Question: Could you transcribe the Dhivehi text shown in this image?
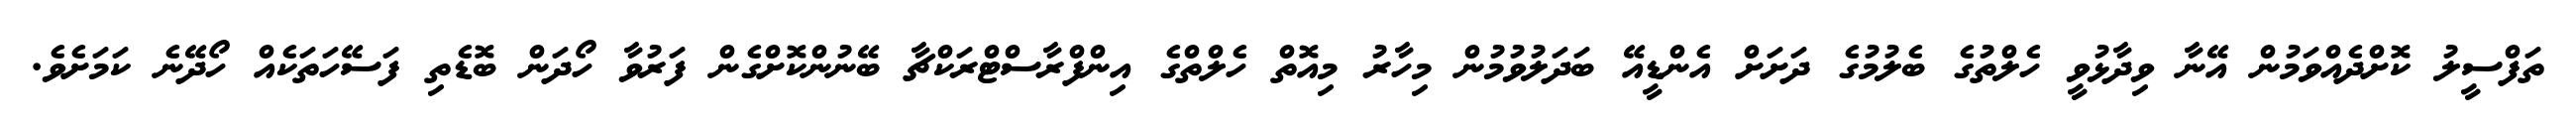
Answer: ތަފްސީލު ކޮށްދެއްވަމުން އޭނާ ވިދާޅުވީ ހެލްތުގެ ބެލުމުގެ ދަށަށް އެންޑީއޭ ބަދަލުވުމުން މިހާރު މިއޮތް ހެލްތްގެ އިންފްރާސްޓްރަކްޗާ ބޭނުންކޮށްގެން ފަރުވާ ހޯދަން ބޮޑެތި ފަސޭހަތަކެއް ހޯދޭނެ ކަމަށެވެ.